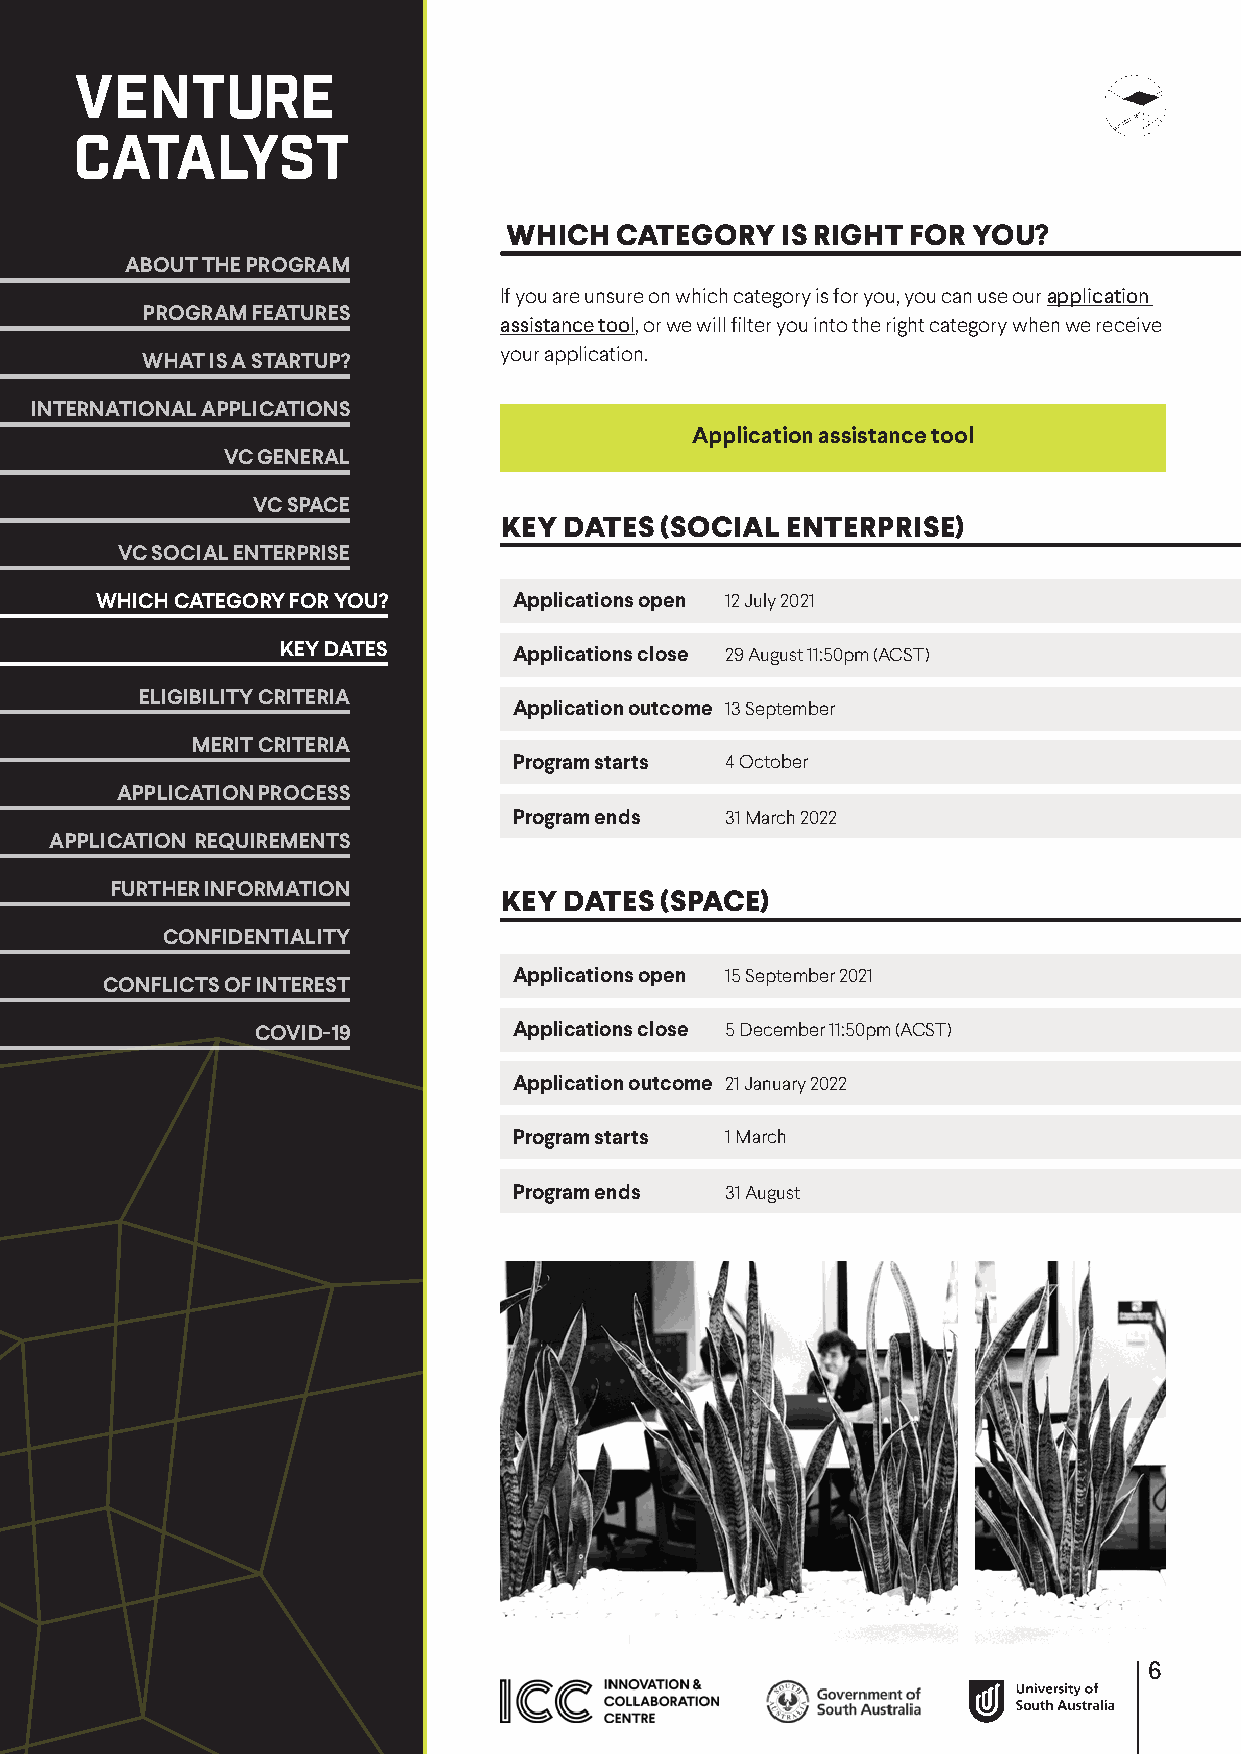
WHICH  CATEGORY   IS RIGHT FOR YOU?
 ABOUT THE PROGRAM
 If you are unsure on which category is for you, you can use our application
 PROGRAM FEATURES
 assistance tool, or we will filter you into the right category when we receive
 your application.
 WHAT IS A STARTUP?
 INTERNATIONAL APPLICATIONS
 Application assistance tool
 VC GENERAL
 VC SPACE
 KEY DATES  (SOCIAL ENTERPRISE)
 VC SOCIAL ENTERPRISE
 WHICH CATEGORY FOR YOU?     Applications open 12 July 2021
 KEY DATES       Applications close 29 August 11:50pm (ACST)
 ELIGIBILITY CRITERIA
 Application outcome 13 September
 MERIT CRITERIA
 Program starts 4 October
 APPLICATION PROCESS
 Program ends  31 March 2022
 APPLICATION REQUIREMENTS
 FURTHER INFORMATION
 KEY DATES  (SPACE)
 CONFIDENTIALITY
 Applications open 15 September 2021
 CONFLICTS OF INTEREST
 COVID-19         Applications close 5 December 11:50pm (ACST)
 Application outcome 21 January 2022
 Program starts 1 March
 Program ends  31 August
 6